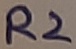
Text: R2